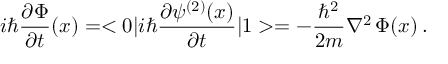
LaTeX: i \hbar { \frac { \partial \Phi } { \partial t } } ( x ) = < 0 | i \hbar { \frac { \partial \psi ^ { ( 2 ) } ( x ) } { \partial t } } | 1 > = - { \frac { \hbar ^ { 2 } } { 2 m } } \nabla ^ { 2 } \, \Phi ( x ) \, .